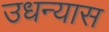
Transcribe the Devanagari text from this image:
उधन्यास